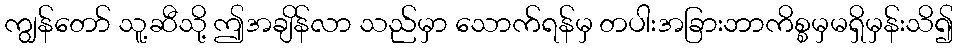
ကျွန်တော် သူ့ဆီသို့ ဤအချိန်လာ သည်မှာ သောက်ရန်မှ တပါးအခြားဘာကိစ္စမှမရှိမှန်းသိ၍